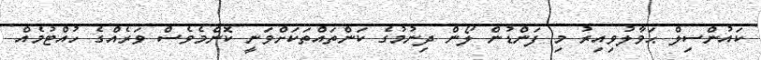
ކައުންސިލް ޙަވާލުވިއިރު މި ފަންޑުން ލޯން ދިނުމުގެ ކަންތައްތަކަށްވަނީ ކޮންމެވެސް ވަރެއްގެ ހުއްޓުމެއް